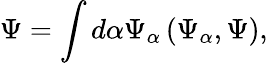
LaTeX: \Psi=\int d\alpha\Psi_{\alpha}\left(\Psi_{\alpha},\Psi\right),